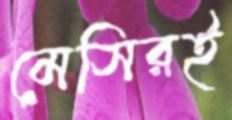
মেসিরই